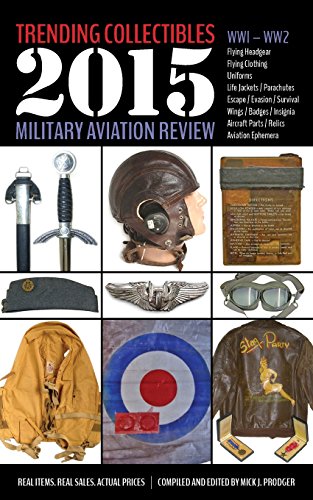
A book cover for Trending Collectibles: 2015 Military Aviation Review-WW1 WW2; Crafts, Hobbies & Home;